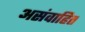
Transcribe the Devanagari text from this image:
असंवाहित